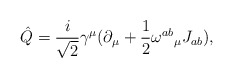
\begin{align*}\hat{Q} = \frac{i}{\sqrt{2}}\gamma^\mu (\partial_\mu + \frac{1}{2}{\omega ^{ab}}_\mu J_{ab}) ,\end{align*}